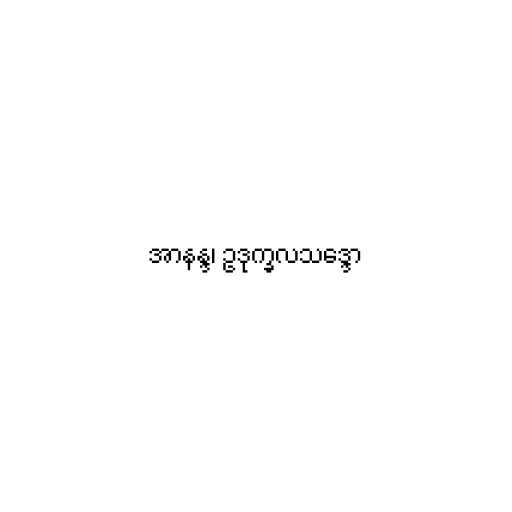
အာနန္ဒ၊ ဥဒုက္ခလသဒ္ဒော